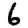
Digit: 6